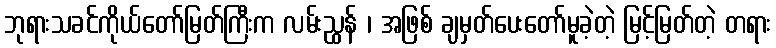
ဘုရားသခင်ကိုယ်တော်မြတ်ကြီးက လမ်းညွှန် ၊ အဖြစ် ချမှတ်ပေးတော်မူခဲ့တဲ့ မြင့်မြတ်တဲ့ တရား